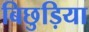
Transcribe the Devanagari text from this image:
बिछुड़िया